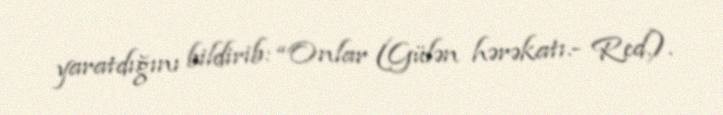
yaratdığını bildirib: “Onlar (Gülən hərəkatı.- Red.).